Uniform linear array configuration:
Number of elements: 8
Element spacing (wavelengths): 0.25
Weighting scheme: blackman
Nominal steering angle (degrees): -60
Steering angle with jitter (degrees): -61.426
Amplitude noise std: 0.05
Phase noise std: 0.05

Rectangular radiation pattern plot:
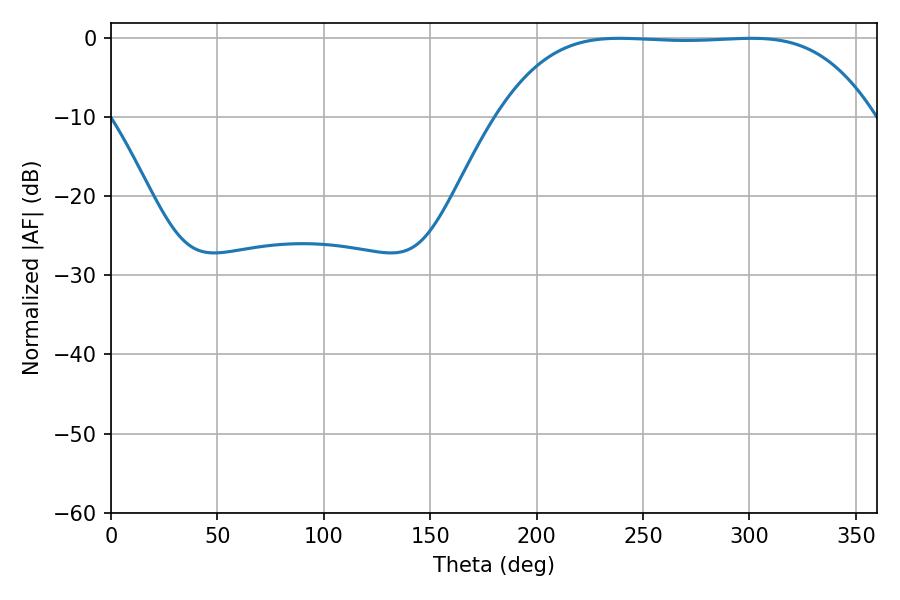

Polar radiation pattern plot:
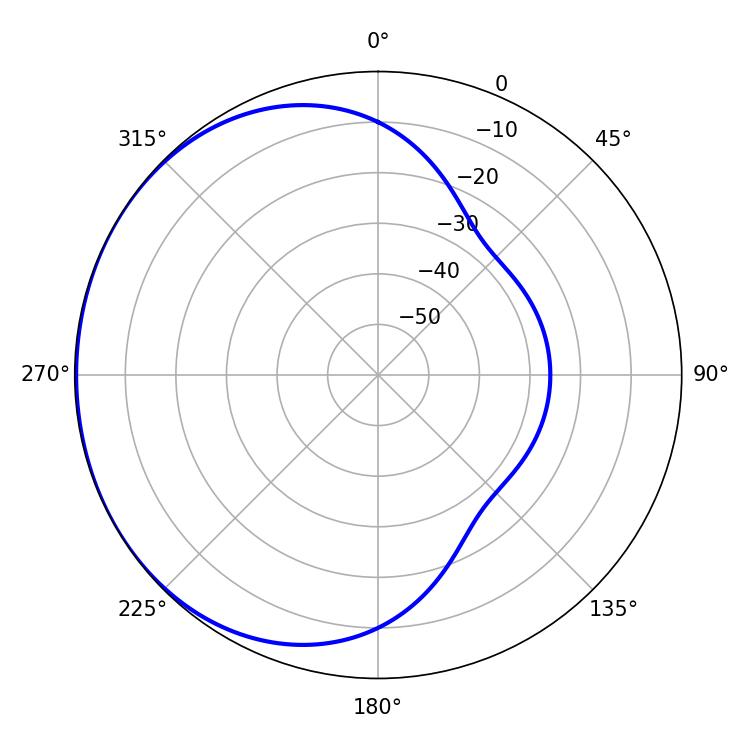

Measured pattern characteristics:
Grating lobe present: FALSE
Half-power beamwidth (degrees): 135.36
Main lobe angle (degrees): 238.86